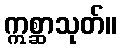
ဣစ္ဆာသုတ်။